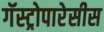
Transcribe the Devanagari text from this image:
गॅस्ट्रोपारेसीस